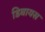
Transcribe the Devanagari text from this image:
डिबायस